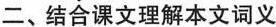
二、结合课文理解本文词义